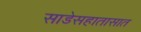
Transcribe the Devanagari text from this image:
साडेसहातासात